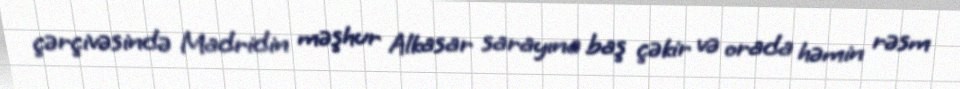
çərçivəsində Madridin məşhur Alkasar sarayına baş çəkir və orada həmin rəsm